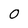
Character: O